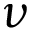
\nu